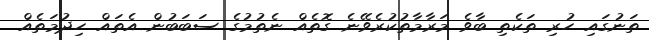
ތަނުގައި ހުރި ތަކެތި ބާވެ މަރާމާތުކުރެވޭނެ ގޮތެއް ނެތުމުގެ ސަބަބުން އެތައް ހިދުމަތެއް